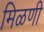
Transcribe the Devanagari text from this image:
मिळणी